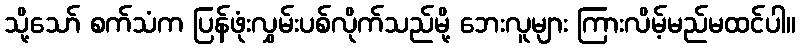
သို့သော် စက်သံက ပြန်ဖုံးလွှမ်းပစ်လိုက်သည်မို့ ဘေးလူများ ကြားလိမ့်မည်မထင်ပါ။